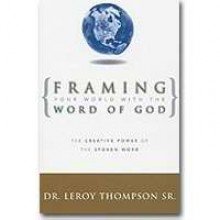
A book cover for Framing Your World With The Word Of God (Revised); THOMPSON LEROY; Crafts, Hobbies & Home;